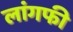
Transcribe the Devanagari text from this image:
लांगफी